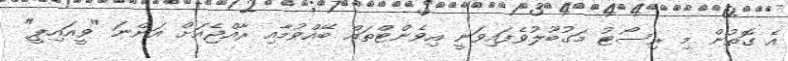
އެ ގޮތުން މި ރިސޯޓު މަގުބޫލުވެފައިވަނީ އިވެންޓްތައް ބޭއްވުމާއި ރާއްޖެއަށް އަންނަ "ވީއައިޕީ"